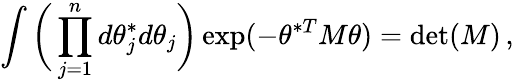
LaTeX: \int\bigg(\prod_{j=1}^{n}d\theta_{j}^{*}d\theta_{j}\bigg)\exp(-\theta^{*T}M\theta)=\operatorname*{det}(M)\, ,